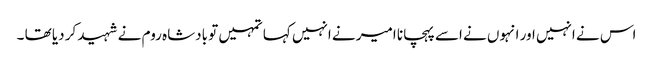
اس نے انہیں اور انہوں نے اسے پہچانا امیر نے انہیں کہا تمہیں تو بادشاہ روم نے شہید کر دیا تھا ۔